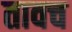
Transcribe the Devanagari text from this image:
तावच